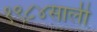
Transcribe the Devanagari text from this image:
१९८४साली